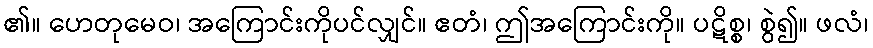
၏။ ဟေတုမေဝ၊ အကြောင်းကိုပင်လျှင်။ ဧတံ၊ ဤအကြောင်းကို။ ပဋိစ္စ၊ စွဲ၍။ ဖလံ၊